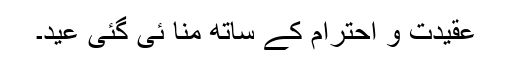
عقیدت و احترام کے ساتھ منا ئی گئی عید۔